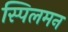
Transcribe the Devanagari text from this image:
स्पिलमन